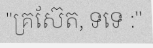
"គ្រស៊ែត, ទទេ :"